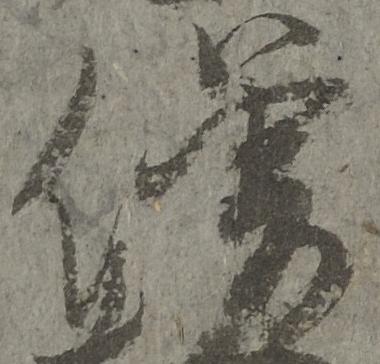
僧